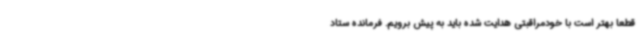
قطعا بهتر است با خودمراقبتی هدایت شده باید به پیش برویم. فرمانده ستاد